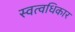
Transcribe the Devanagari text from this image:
स्वत्वधिकार